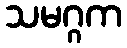
သမဂ္ဂက